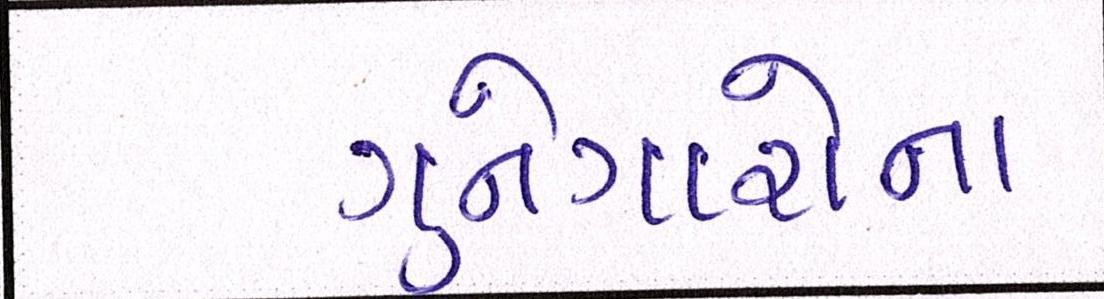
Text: ગુનેગારોના